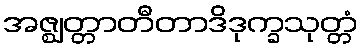
အဇ္ဈတ္တာတီတာဒိဒုက္ခသုတ္တံ